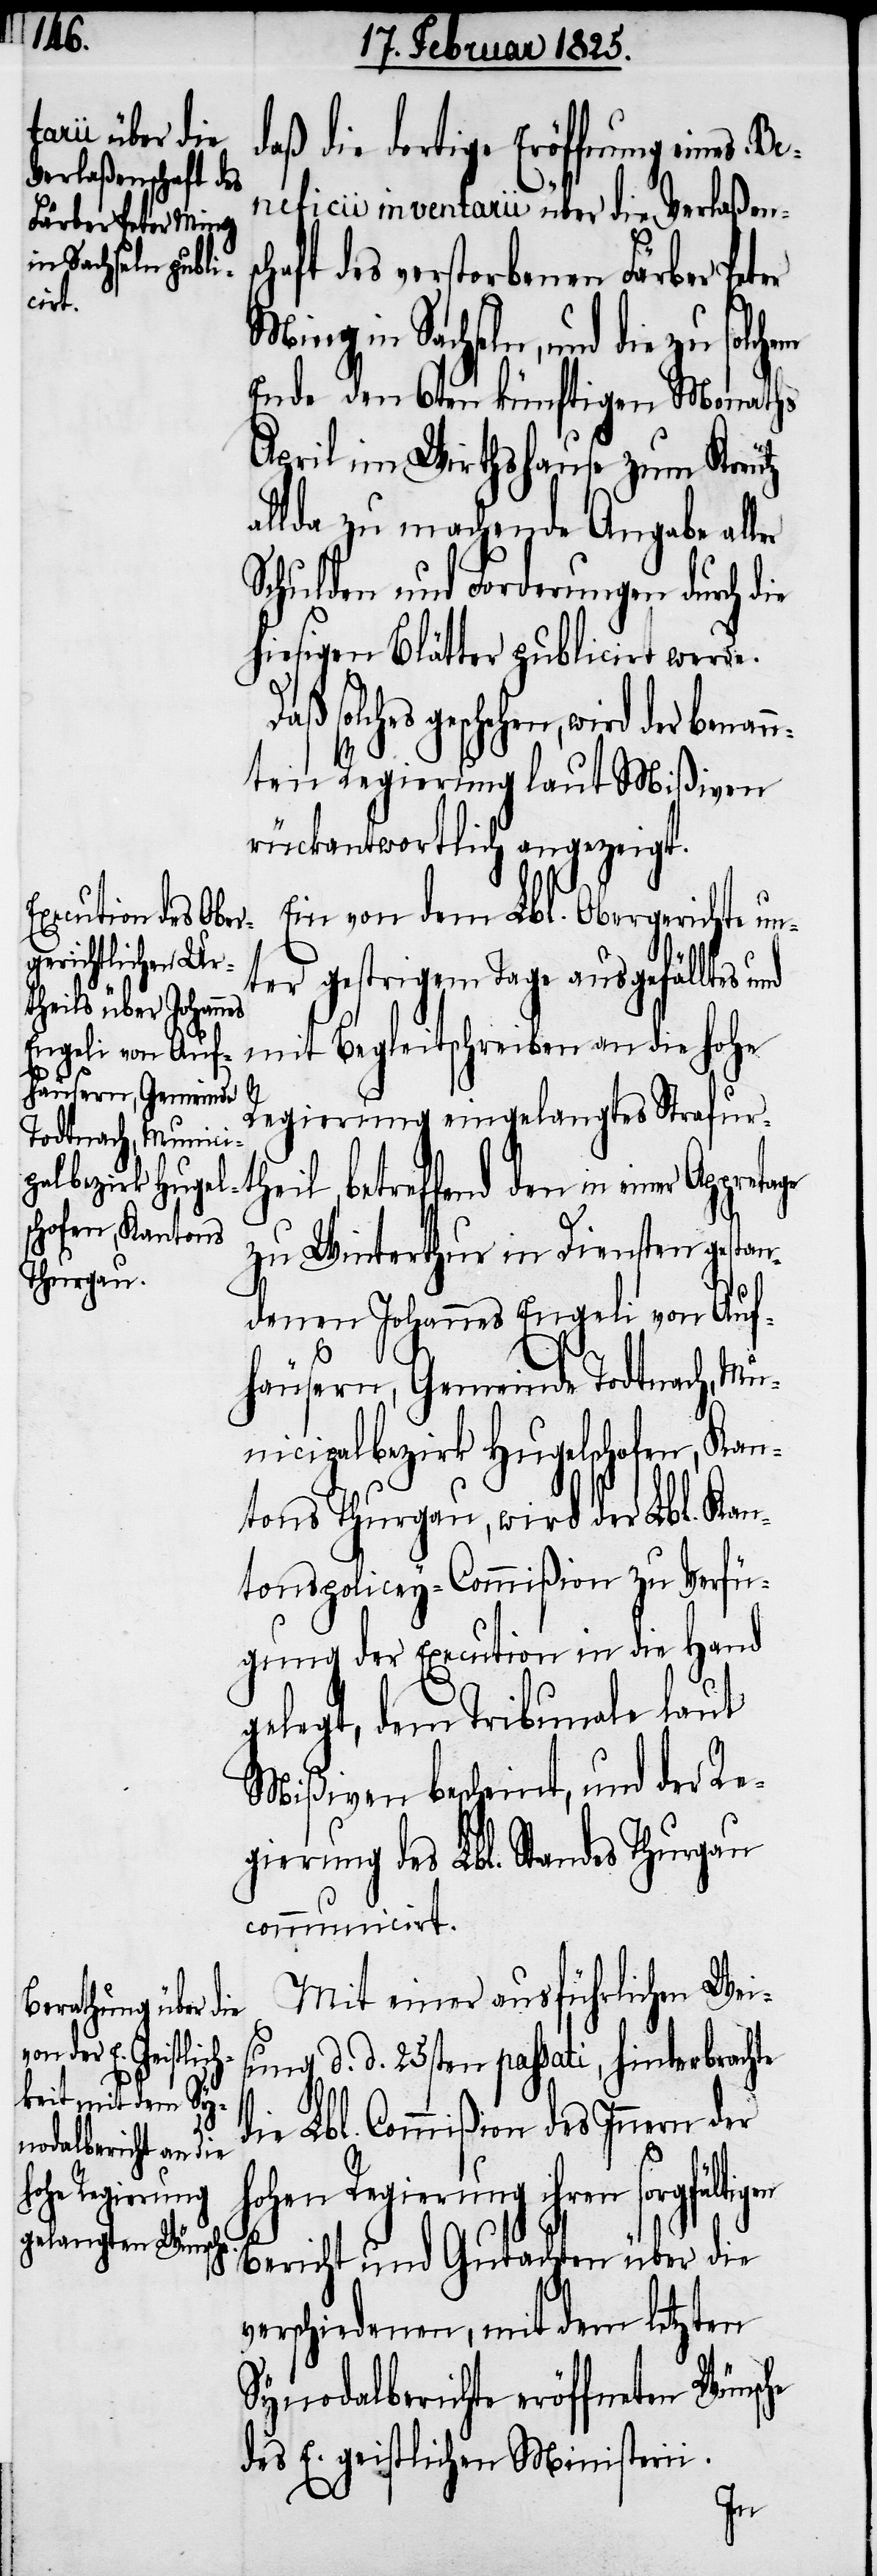
daß die dortige Eröffnung eines
Beneficii inventarii über die Verlaßensc¬
in Sachseln, und die
haft des verstorbenen Färber
Ende den 6ten künftigen Monaths
April im Wirthshause zum Kreutz
llda zu machende Angabe all¬
Schulden und Forderungen durch die
hiesigen Blätter publicirt werde.
geschehen, wird der benan¬
nten Regierung laut Mißiven
rückantwortlich angezeigt.
Ein von dem Lbl. Obergerichte un¬
ter gestrigem Tage ausgefälltes
theil, betreffend
mit Begleitschreiben an die hohe
he
Regierung eingelangtes Strafur¬
zu Winterthur in Diensten gestan¬
denen Johannes Engeli von Auf¬
häusern, Gemeinde Todtnach, Mu¬
nicipalbezirk Hugelschofen, Kan¬
tons Thurgau, wird der Lbl. Kan¬
tonspolicey-Commißion zu Verfü¬
gung der Execution in die Hand
gelegt, dem Tribunale laut
Mißiven bescheint, und der Re¬
gierung des Lbl. Standes Thurgau
communicirt.
Mit einer ausführlichen Weis¬
ung d. d. 25sten passati, hinterbrachte
die Lbl. Commißion des Innern der
hohen Regierung ihren sorgfältig¬
Bericht und Gutachten über die
verschiedenen, mit dem letzten
Synodalberichte eröffneten Wünsc¬
des E. geistlichen Ministerii.
en